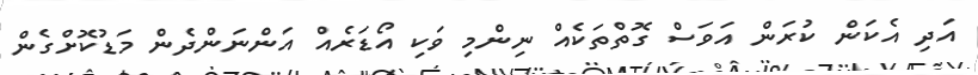
އަދި އެކަން ކުރަން އަވަސް ގޮތްތަކެއް ނިންމި ވަކި އޯޑަރެއް އަންނަންދެން މަޑުކޮށްގެން